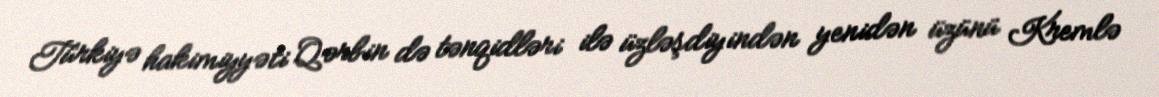
Türkiyə hakimiyyəti Qərbin də tənqidləri ilə üzləşdiyindən yenidən üzünü Kremlə